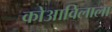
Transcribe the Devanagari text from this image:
कोआविलाला